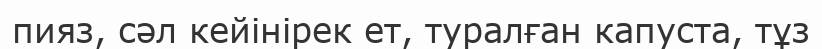
пияз, сәл кейінірек ет, туралған капуста, тұз